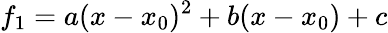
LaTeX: f_{1}=a(x-x_{0})^{2}+b(x-x_{0})+c